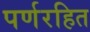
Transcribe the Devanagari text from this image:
पर्णरहित